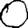
Digit: 0